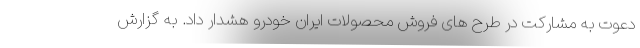
دعوت به مشارکت در طرح های فروش محصولات ایران خودرو هشدار داد. به گزارش